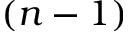
( n - 1 )